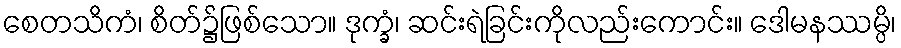
စေတသိကံ၊ စိတ်၌ဖြစ်သော။ ဒုက္ခံ၊ ဆင်းရဲခြင်းကိုလည်းကောင်း။ ဒေါမနဿမ္ပိ၊